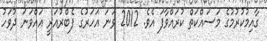
ގާއިމުކުރުމުގެ މަސައްކަތް ކުރައްވާފަ އެވެ. 2012 ވަަނަ އަހަރުގެ ފެބްރުއަރީ އައްވަނަ ދުވަހު